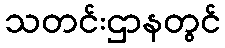
သတင်းဌာနတွင်